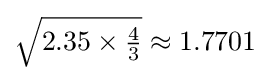
{\textstyle {\sqrt {2.35\times {\frac {4}{3}}}}\approx 1.7701}